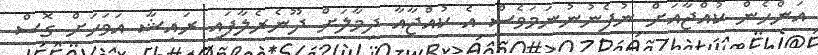
އަންހެން ކުއްޖާއަށް ނުފެނުނުނަމަވެސް އެ ކުއްޖާއާ ދިމާލަށް ދޫނެރެލާފައި ރައިޝާ އަވަހަށް ގޮސް